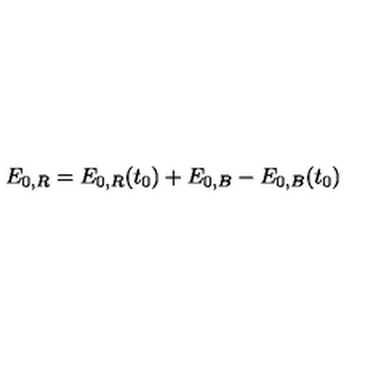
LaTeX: E _ { 0 , R } = E _ { 0 , R } ( t _ { 0 } ) + E _ { 0 , B } - E _ { 0 , B } ( t _ { 0 } )